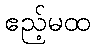
ဧည့်မထ